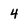
Character: 4